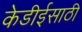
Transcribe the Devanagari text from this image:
केडीईसाठी